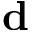
{ \bf d }